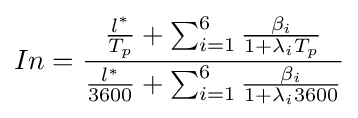
In={\frac {{\frac {l^{*}}{T_{p}}}+\sum _{i=1}^{6}{\frac {\beta _{i}}{1+\lambda _{i}T_{p}}}}{{\frac {l^{*}}{3600}}+\sum _{i=1}^{6}{\frac {\beta _{i}}{1+\lambda _{i}3600}}}}